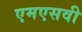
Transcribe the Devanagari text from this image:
एमएसवी